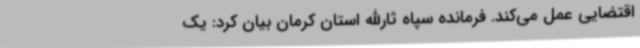
اقتضایی عمل می‌کند. فرمانده سپاه ثارالله استان کرمان بیان کرد: یک